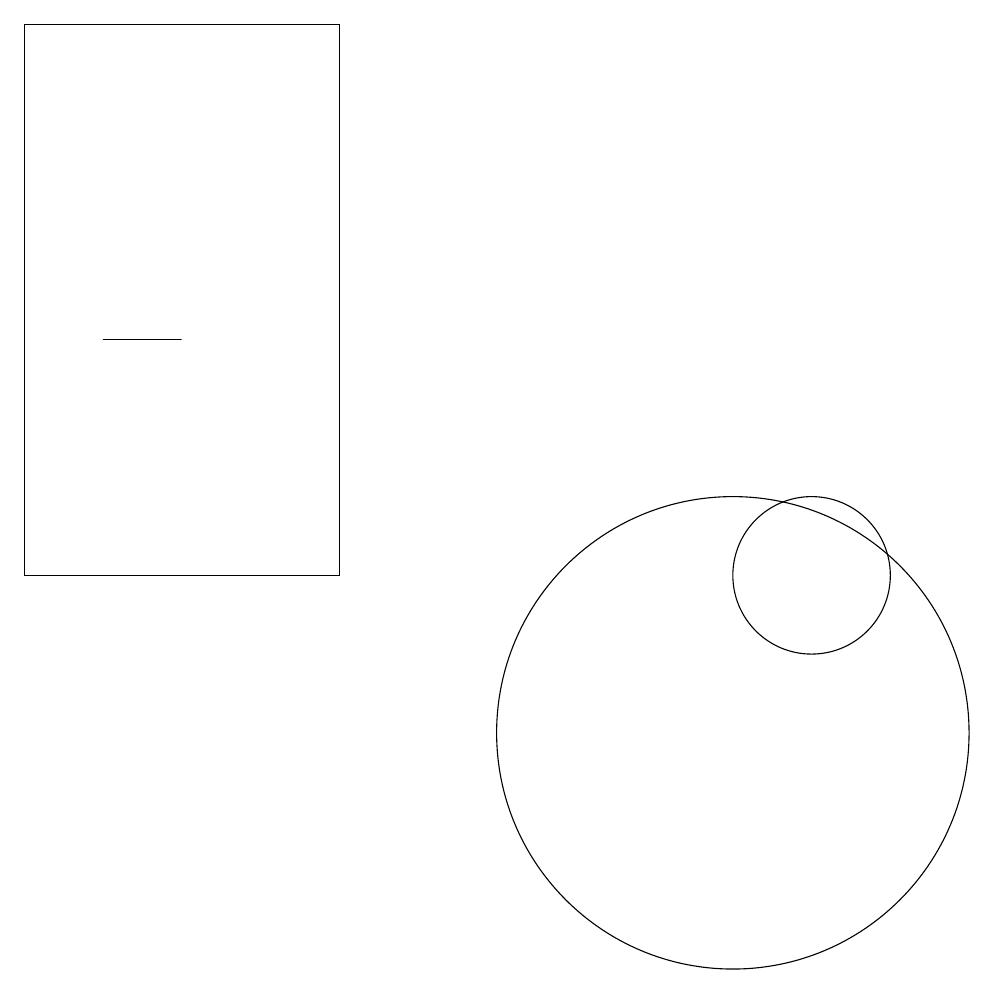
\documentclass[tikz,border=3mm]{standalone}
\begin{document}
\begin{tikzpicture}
\draw (2,15) rectangle (3,15);
\draw (10,10) circle (3);
\draw (1,12) rectangle (5,19);
\draw (11,12) circle (1);
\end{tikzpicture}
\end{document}